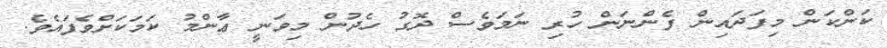
ކަންކަން މިފަދައިން ފެންނަން ހުރި ނަމަވެސް ދޮގު ހެދުން މިވަނީ ޢާންމު ކަމަކަށްވެފައެވެ.